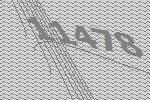
11478